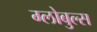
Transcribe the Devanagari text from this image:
ग्लोबुल्स